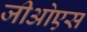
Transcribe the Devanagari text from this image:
जीओएस